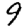
Digit: 9